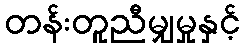
တန်းတူညီမျှမှုနှင့်